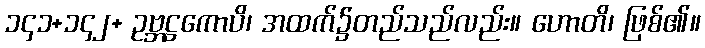
၁၄၁+၁၄၂+ ဥဗ္ဘဋ္ဌကောပိ၊ အထက်၌တည်သည်လည်း။ ဟောတိ၊ ဖြစ်၏။